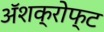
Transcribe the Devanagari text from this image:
ॲशक्रोफ्ट